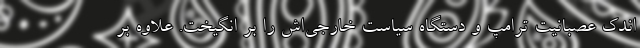
اندک عصبانیت ترامپ و دستگاه سیاست خارجی‌اش را بر انگیخت. علاوه بر